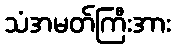
သံအမတ်ကြီးအား